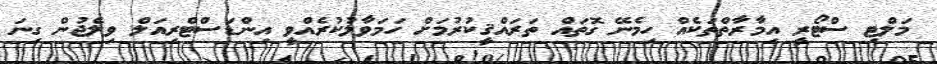
މަލްޓި ސްޓޯރީ އިމާރާތްތަކެއް ހިމެނޭ ގޮތައް ތަރައްޤީކުރުމަށް ހަމަވާލުކުރެއްވީ އިންޑަސްޓްރިއަލް ވިލެޖުން ގިނަ